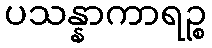
ပသန္နာကာရဉ္စ